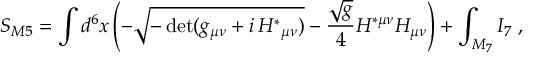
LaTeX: S _ { M 5 } = \int d ^ { 6 } x \left( - \sqrt { - \operatorname * { d e t } ( g _ { \mu \nu } + i \, { \cal H } ^ { * } { } _ { \mu \nu } ) } - \frac { \sqrt { g } } 4 { \cal H } ^ { * \mu \nu } { \cal H } _ { \mu \nu } \right) + \int _ { { \cal M } _ { 7 } } I _ { 7 } \ ,